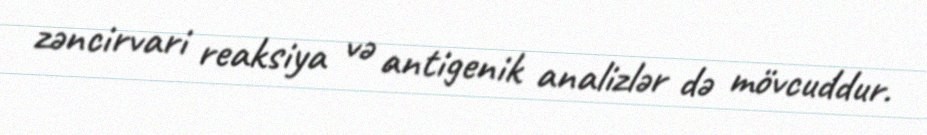
zəncirvari reaksiya və antigenik analizlər də mövcuddur.